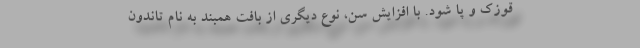
قوزک و پا شود. با افزایش سن، نوع دیگری از بافت همبند به نام تاندون